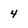
Character: 4